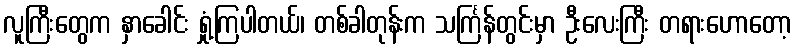
လူကြီးတွေက နှာခေါင်း ရှုံ့ကြပါတယ်၊ တစ်ခါတုန်းက သင်္ကြန်တွင်းမှာ ဦးလေးကြီး တရားဟောတော့